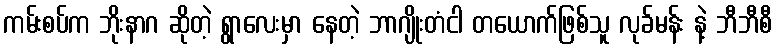
ကမ်းစပ်က ဘိုးနာဂ ဆိုတဲ့ ရွာလေးမှာ နေတဲ့ ဘာဂျိုးတံငါ တယောက်ဖြစ်သူ လုခ်မန်း နဲ့ ဘီဘီစီ